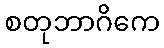
စတုဘာဂိကေ